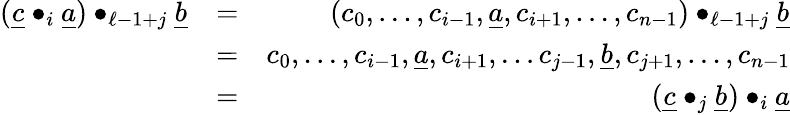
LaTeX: \begin{array}{rlr}{(\underline{c}\bullet_{i}\underline{a})\bullet_{\ell-1+j}\underline{b}}&{=}&{(c_{0},\ldots,c_{i-1},\underline{a},c_{i+1},\ldots,c_{n-1})\bullet_{\ell-1+j}\underline{b}}\\ &{=}&{c_{0},\ldots,c_{i-1},\underline{a},c_{i+1},\ldots c_{j-1},\underline{b},c_{j+1},\ldots,c_{n-1}}\\ &{=}&{(\underline{c}\bullet_{j}\underline{b})\bullet_{i}\underline{a}}\end{array}